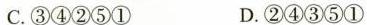
C. ③④②⑤① D. ②④③⑤①